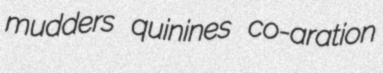
mudders quinines co-aration